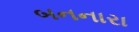
બનનારા